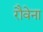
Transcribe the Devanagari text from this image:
रौवेना